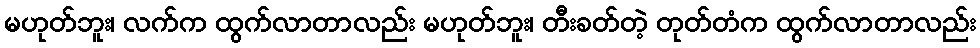
မဟုတ်ဘူး၊ လက်က ထွက်လာတာလည်း မဟုတ်ဘူး၊ တီးခတ်တဲ့ တုတ်တံက ထွက်လာတာလည်း